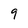
Character: 9